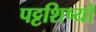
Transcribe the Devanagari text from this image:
पट्टशिष्यों